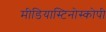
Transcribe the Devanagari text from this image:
मीडियास्टिनोस्कोपी